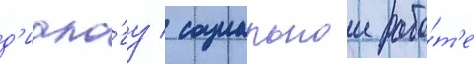
д'иало́гу / социальнои рабо́т'е